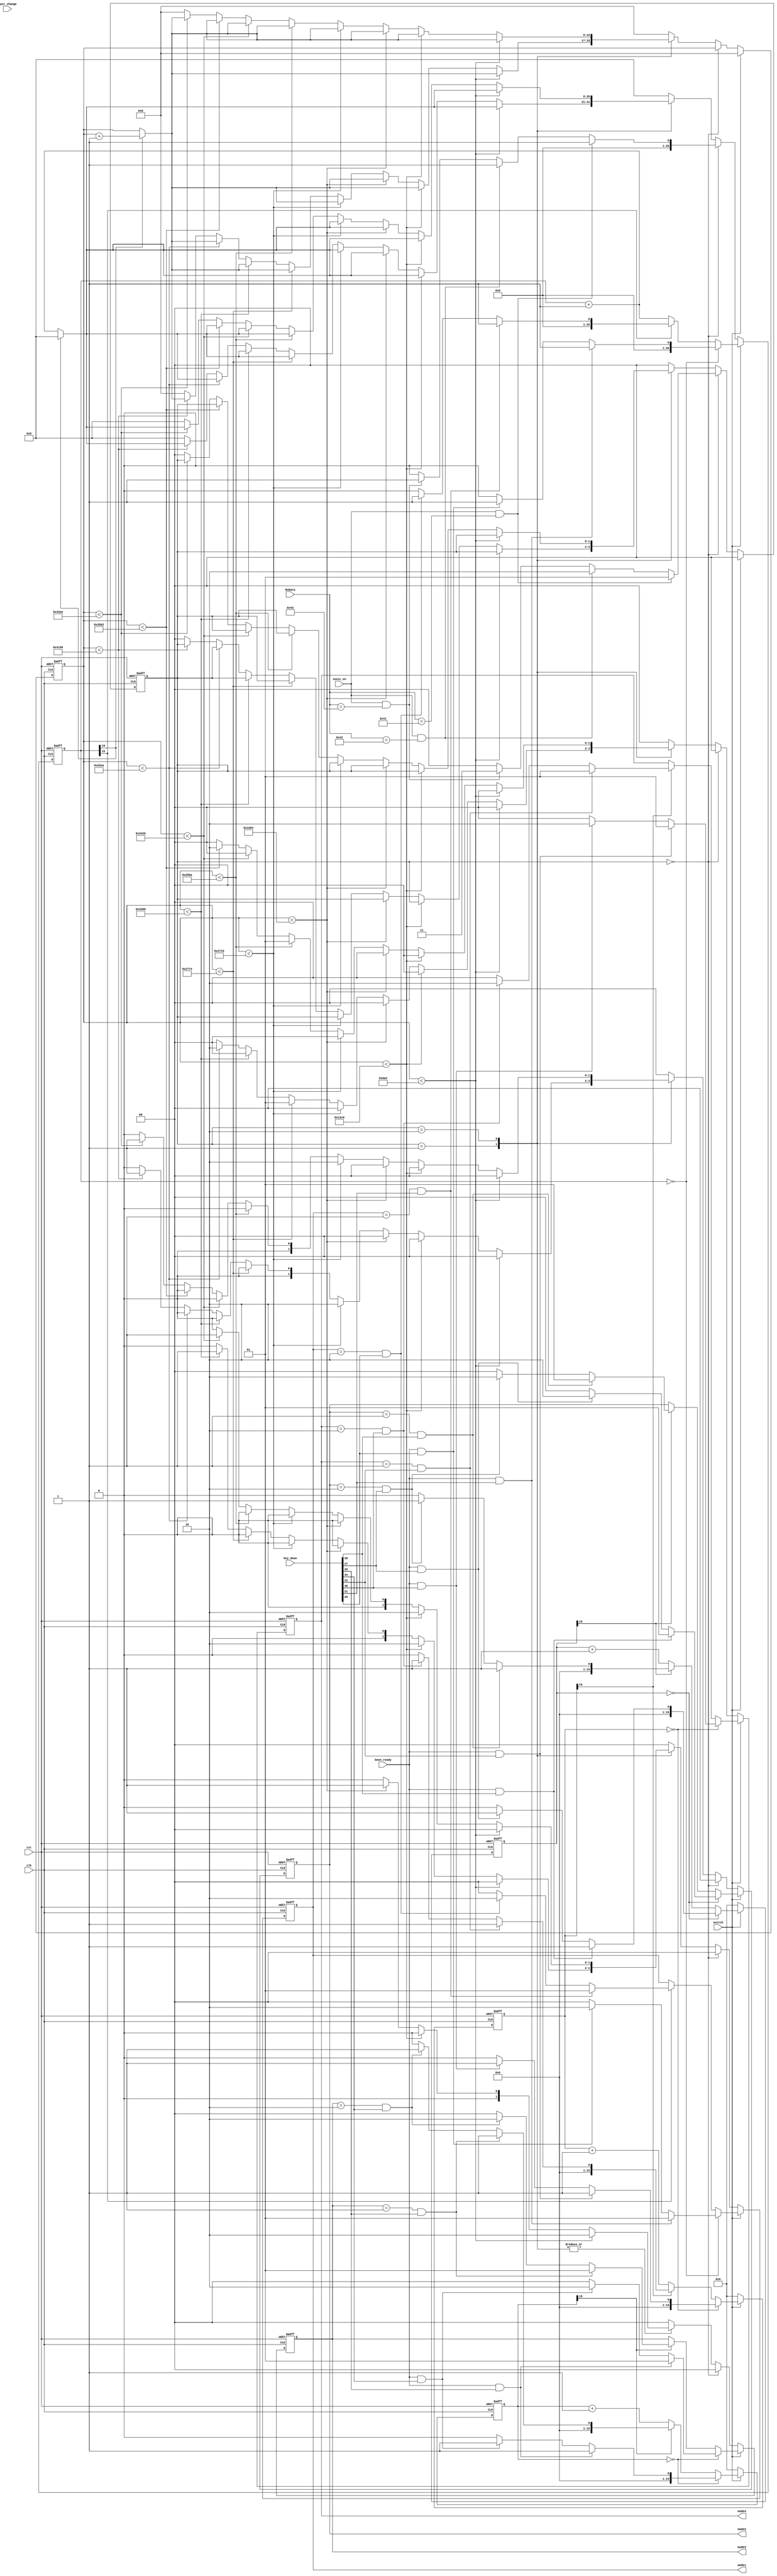
module motor_controller (
    input clk,
    input rst,
    input [511:0] key_down,
    input [8:0] last_change,
    input been_ready,
    input [7:0] RxData,
    input switch,
    input sonic_en,
    output reg [1:0] mode1,
    output reg [1:0] mode2,
    output reg [1:0] mode3,
    output reg [1:0] mode4
);

    parameter STOP = 2'b00;
    parameter CLOCKWISE = 2'b01;
    parameter COUNTER_CLOCKWISE = 2'b10;

    reg [1:0] next_mode1, next_mode2, next_mode3, next_mode4;

    reg [20:0] counter1, next_counter1;
    reg [15:0] counter2, next_counter2;
    reg [15:0] counter3, next_counter3;
    reg [15:0] counter4, next_counter4;

    reg [16:0] counter_count, next_counter_count;

    reg [1:0] state, next_state;
    parameter NONE = 2'b00;
    parameter RED = 2'b01;
    parameter BLACK = 2'b10;
    parameter BLUE = 2'b11;

    parameter RED_DATA = 8'h41;
    parameter BLACK_DATA = 8'h42;
    parameter BLUE_DATA = 8'h43;

    always @(posedge clk, posedge rst) begin
        if (rst) begin
            mode1 <= 2'b00;
            mode2 <= 2'b00;
            mode3 <= 2'b00;
            mode4 <= 2'b00;
            counter1 <= 0;
            counter2 <= 0;
            counter3 <= 0;
            counter4 <= 0;
            counter_count <= 0;
            state <= NONE;
        end else begin
            mode1 <= next_mode1;
            mode2 <= next_mode2;
            mode3 <= next_mode3;
            mode4 <= next_mode4;
            counter1 <= next_counter1;
            counter2 <= next_counter2;
            counter3 <= next_counter3;
            counter4 <= next_counter4;
            counter_count <= next_counter_count;
            state <= next_state;
        end
    end
    always @(*) begin
        if (switch) begin
            // keyboard control
            next_state = NONE;
            next_counter_count = 0;

            // motor 1
            if (counter1 == 0) begin
                if (been_ready && key_down[9'b0_0001_0101] == 1) begin
                    // press Q
                    next_counter1 = 1;
                    next_mode1 = 2'b01;
                end else if (been_ready && key_down[9'b0_0001_1101] == 1) begin
                    // press W
                    next_counter1 = 1;
                    next_mode1 = 2'b10;
                end else begin
                    next_counter1 = 0;
                    next_mode1 = 2'b00;
                end
            end else begin
                if (counter1[15] == 1) begin
                    if (mode1 == 2'b01 && key_down[9'b0_0001_0101] == 1) begin
                        // press Q
                        next_counter1 = 1;
                        next_mode1 = 2'b01;
                    end else if (mode1 == 2'b10 && key_down[9'b0_0001_1101] == 1) begin
                        // press W
                        next_counter1 = 1;
                        next_mode1 = 2'b10;
                    end else begin
                        next_counter1 = 0;
                        next_mode1 = 2'b00;
                    end
                end else begin
                    next_mode1 = mode1;
                    next_counter1 = counter1 + 1;
                end
            end

            // motor 2
            if (counter2 == 0) begin
                if (been_ready && key_down[9'b0_0001_1100] == 1) begin
                    // press A
                    next_counter2 = 1;
                    next_mode2 = 2'b01;
                end else if (been_ready && key_down[9'b0_0001_1011] == 1) begin
                    // press S
                    next_counter2 = 1;
                    next_mode2 = 2'b10;
                end else begin
                    next_counter2 = 0;
                    next_mode2 = 2'b00;
                end
            end else begin
                if (counter2[15] == 1) begin
                    if (mode2 == 2'b01 && key_down[9'b0_0001_1100] == 1) begin
                        // press A
                        next_counter2 = 1;
                        next_mode2 = 2'b01;
                    end else if (mode2 == 2'b10 && key_down[9'b0_0001_1011] == 1) begin
                        // press S
                        next_counter2 = 1;
                        next_mode2 = 2'b10;
                    end else begin
                        next_counter2 = 0;
                        next_mode2 = 2'b00;
                    end
                end else begin
                    next_mode2 = mode2;
                    next_counter2 = counter2 + 1;
                end
            end

            // motor 3
            if (counter3 == 0) begin
                if (been_ready && key_down[9'b0_0001_1010] == 1) begin
                    // press Z
                    next_counter3 = 1;
                    next_mode3 = 2'b01;
                end else if (been_ready && key_down[9'b0_0010_0010] == 1) begin
                    // press X
                    next_counter3 = 1;
                    next_mode3 = 2'b10;
                end else begin
                    next_counter3 = 0;
                    next_mode3 = 2'b00;
                end
            end else begin
                if (counter3[15] == 1) begin
                    if (mode3 == 2'b01 && key_down[9'b0_0001_1010] == 1) begin
                        // press Z
                        next_counter3 = 1;
                        next_mode3 = 2'b01;
                    end else if (mode3 == 2'b10 && key_down[9'b0_0010_0010] == 1) begin
                        // press X
                        next_counter3 = 1;
                        next_mode3 = 2'b10;
                    end else begin
                        next_counter3 = 0;
                        next_mode3 = 2'b00;
                    end
                end else begin
                    next_mode3 = mode3;
                    next_counter3 = counter3 + 1;
                end
            end

            // motor 4
            if (counter4 == 0) begin
                if (been_ready && key_down[9'b0_0001_0110] == 1) begin
                    // press Z
                    next_counter4 = 1;
                    next_mode4 = 2'b01;
                end else if (been_ready && key_down[9'b0_0001_1110] == 1) begin
                    // press X
                    next_counter4 = 1;
                    next_mode4 = 2'b10;
                end else begin
                    next_counter4 = 0;
                    next_mode4 = 2'b00;
                end
            end else begin
                if (counter4[15] == 1) begin
                    if (mode4 == 2'b01 && key_down[9'b0_0001_0110] == 1) begin
                        // press Z
                        next_counter4 = 1;
                        next_mode4 = 2'b01;
                    end else if (mode4 == 2'b10 && key_down[9'b0_0001_1110] == 1) begin
                        // press X
                        next_counter4 = 1;
                        next_mode4 = 2'b10;
                    end else begin
                        next_counter4 = 0;
                        next_mode4 = 2'b00;
                    end
                end else begin
                    next_mode4 = mode4;
                    next_counter4 = counter4 + 1;
                end
            end
        end else begin
            // Uart control
            next_counter2 = 0;
            next_counter3 = 0;
            next_counter4 = 0;
            next_mode1 = STOP;
            next_mode2 = STOP;
            next_mode3 = STOP;
            next_mode4 = STOP;
            next_counter_count = counter_count;
            
            if (state == NONE) begin
                if (sonic_en && RxData == RED_DATA) begin
                    // red
                    next_state = RED;
                    next_counter1 = 1;
                end else if (sonic_en && RxData == BLACK_DATA) begin
                    // black
                    next_state = BLACK;
                    next_counter1 = 1;
                end else if (sonic_en && RxData == BLUE_DATA) begin
                    // blue
                    next_state = BLUE;
                    next_counter1 = 1;
                end else begin
                    // others
                    next_state = NONE;
                    next_counter1 = 0;
                end
            end else begin
                if (counter1[19] == 1) begin
                    next_counter_count = counter_count + 1;
                    next_counter1 = 0;
                end else begin
                    next_counter_count = counter_count;
                    next_counter1 = counter1 + 1;
                end 
                next_state = state;

                // if (counter_count < 1700) begin
                //     next_mode3 = 2'b10;
                // end else if (counter_count < 15'd4800) begin
                //     next_mode1 = 2'b10;
                // end else if (counter_count < 15'd6500) begin
                //     next_mode3 = 2'b01;
                // end else if (counter_count < 15'd10000) begin
                //     next_mode2 = 2'b10;
                // end else begin
                //     case (state)
                //         RED: begin
                //             if (counter_count < 15'd10100) begin
                //                 next_mode4 = 2'b01;
                //             end else if (counter_count < 15'd13200) begin
                //                 next_mode1 = 2'b01;
                //             end else if (counter_count < 15'd13290) begin
                //                 next_mode4 = 2'b10;
                //             end else if (counter_count < 15'd16790) begin
                //                 next_mode2 = 2'b01;
                //             end else begin
                //                 // reset counter
                //                 next_counter1 = 0;
                //                 next_counter_count = 0;
                //                 // reset state
                //                 next_state = NONE;
                //             end
                //         end
                //         BLACK: begin
                //             if (counter_count < 15'd10250) begin
                //                 next_mode4 = 2'b01;
                //             end else if (counter_count < 15'd13350) begin
                //                 next_mode1 = 2'b01;
                //             end else if (counter_count < 15'd13570) begin
                //                 next_mode4 = 2'b10;
                //             end else if (counter_count < 15'd17070) begin
                //                 next_mode2 = 2'b01;
                //             end else begin
                //                 // reset counter
                //                 next_counter1 = 0;
                //                 next_counter_count = 0;
                //                 // reset state
                //                 next_state = NONE;
                //             end
                //         end
                //         // BLUE: begin
                //         //     if (counter_count < 15'd10180) begin
                //         //         next_mode4 = 2'b01;
                //         //     end else if (counter_count < 15'd13280) begin
                //         //         next_mode1 = 2'b01;
                //         //     end else if (counter_count < 15'd13440) begin
                //         //         next_mode4 = 2'b10;
                //         //     end else if (counter_count < 15'd16940) begin
                //         //         next_mode2 = 2'b01;
                //         //     end else begin
                //         //         // reset counter
                //         //         next_counter1 = 0;
                //         //         next_counter_count = 0;
                //         //         // reset state
                //         //         next_state = NONE;
                //         //     end
                //         // end
                //         default: begin
                //             // reset counter
                //             next_counter1 = 0;
                //             // reset state
                //             next_state = NONE;
                //         end
                //     endcase
                // end

                case (state)
                    RED: begin
                        if (counter_count < 1700) begin
                            next_mode3 = 2'b10;
                        end else if (counter_count < 15'd4800) begin
                            next_mode1 = 2'b10;
                        end else if (counter_count < 15'd6500) begin
                            next_mode3 = 2'b01;
                        end else if (counter_count < 15'd10000) begin
                            next_mode2 = 2'b10;
                        end else if (counter_count < 15'd10100) begin
                            next_mode4 = 2'b01;
                        end else if (counter_count < 15'd13200) begin
                            next_mode1 = 2'b01;
                        end else if (counter_count < 15'd13290) begin
                            next_mode4 = 2'b10;
                        end else if (counter_count < 15'd16790) begin
                            next_mode2 = 2'b01;
                        end else begin
                            // reset counter
                            next_counter1 = 0;
                            next_counter_count = 0;
                            // reset state
                            next_state = NONE;
                        end
                    end
                    BLACK: begin
                        if (counter_count < 1700) begin
                            next_mode3 = 2'b10;
                        end else if (counter_count < 15'd4800) begin
                            next_mode1 = 2'b10;
                        end else if (counter_count < 15'd6500) begin
                            next_mode3 = 2'b01;
                        end else if (counter_count < 15'd10000) begin
                            next_mode2 = 2'b10;
                        end else if (counter_count < 15'd10250) begin
                            next_mode4 = 2'b01;
                        end else if (counter_count < 15'd13350) begin
                            next_mode1 = 2'b01;
                        end else if (counter_count < 15'd13570) begin
                            next_mode4 = 2'b10;
                        end else if (counter_count < 15'd17070) begin
                            next_mode2 = 2'b01;
                        end else begin
                            // reset counter
                            next_counter1 = 0;
                            next_counter_count = 0;
                            // reset state
                            next_state = NONE;
                        end
                    end
                    // BLUE: begin
                    //     if (counter_count < 1700) begin
                    //         next_mode3 = 2'b10;
                    //     end else if (counter_count < 15'd4800) begin
                    //         next_mode1 = 2'b10;
                    //     end else if (counter_count < 15'd6500) begin
                    //         next_mode3 = 2'b01;
                    //     end else if (counter_count < 15'd10000) begin
                    //         next_mode2 = 2'b10;
                    //     end else if (counter_count < 15'd10180) begin
                    //         next_mode4 = 2'b01;
                    //     end else if (counter_count < 15'd13280) begin
                    //         next_mode1 = 2'b01;
                    //     end else if (counter_count < 15'd13440) begin
                    //         next_mode4 = 2'b10;
                    //     end else if (counter_count < 15'd16940) begin
                    //         next_mode2 = 2'b01;
                    //     end else begin
                    //         // reset counter
                    //         next_counter1 = 0;
                    //         next_counter_count = 0;
                    //         // reset state
                    //         next_state = NONE;
                    //     end
                    // end
                    default: begin
                        // reset counter
                        next_counter1 = 0;
                        next_counter_count = 0;
                        // reset state
                        next_state = NONE;
                    end
                endcase
            end
        end
    end
    
endmodule